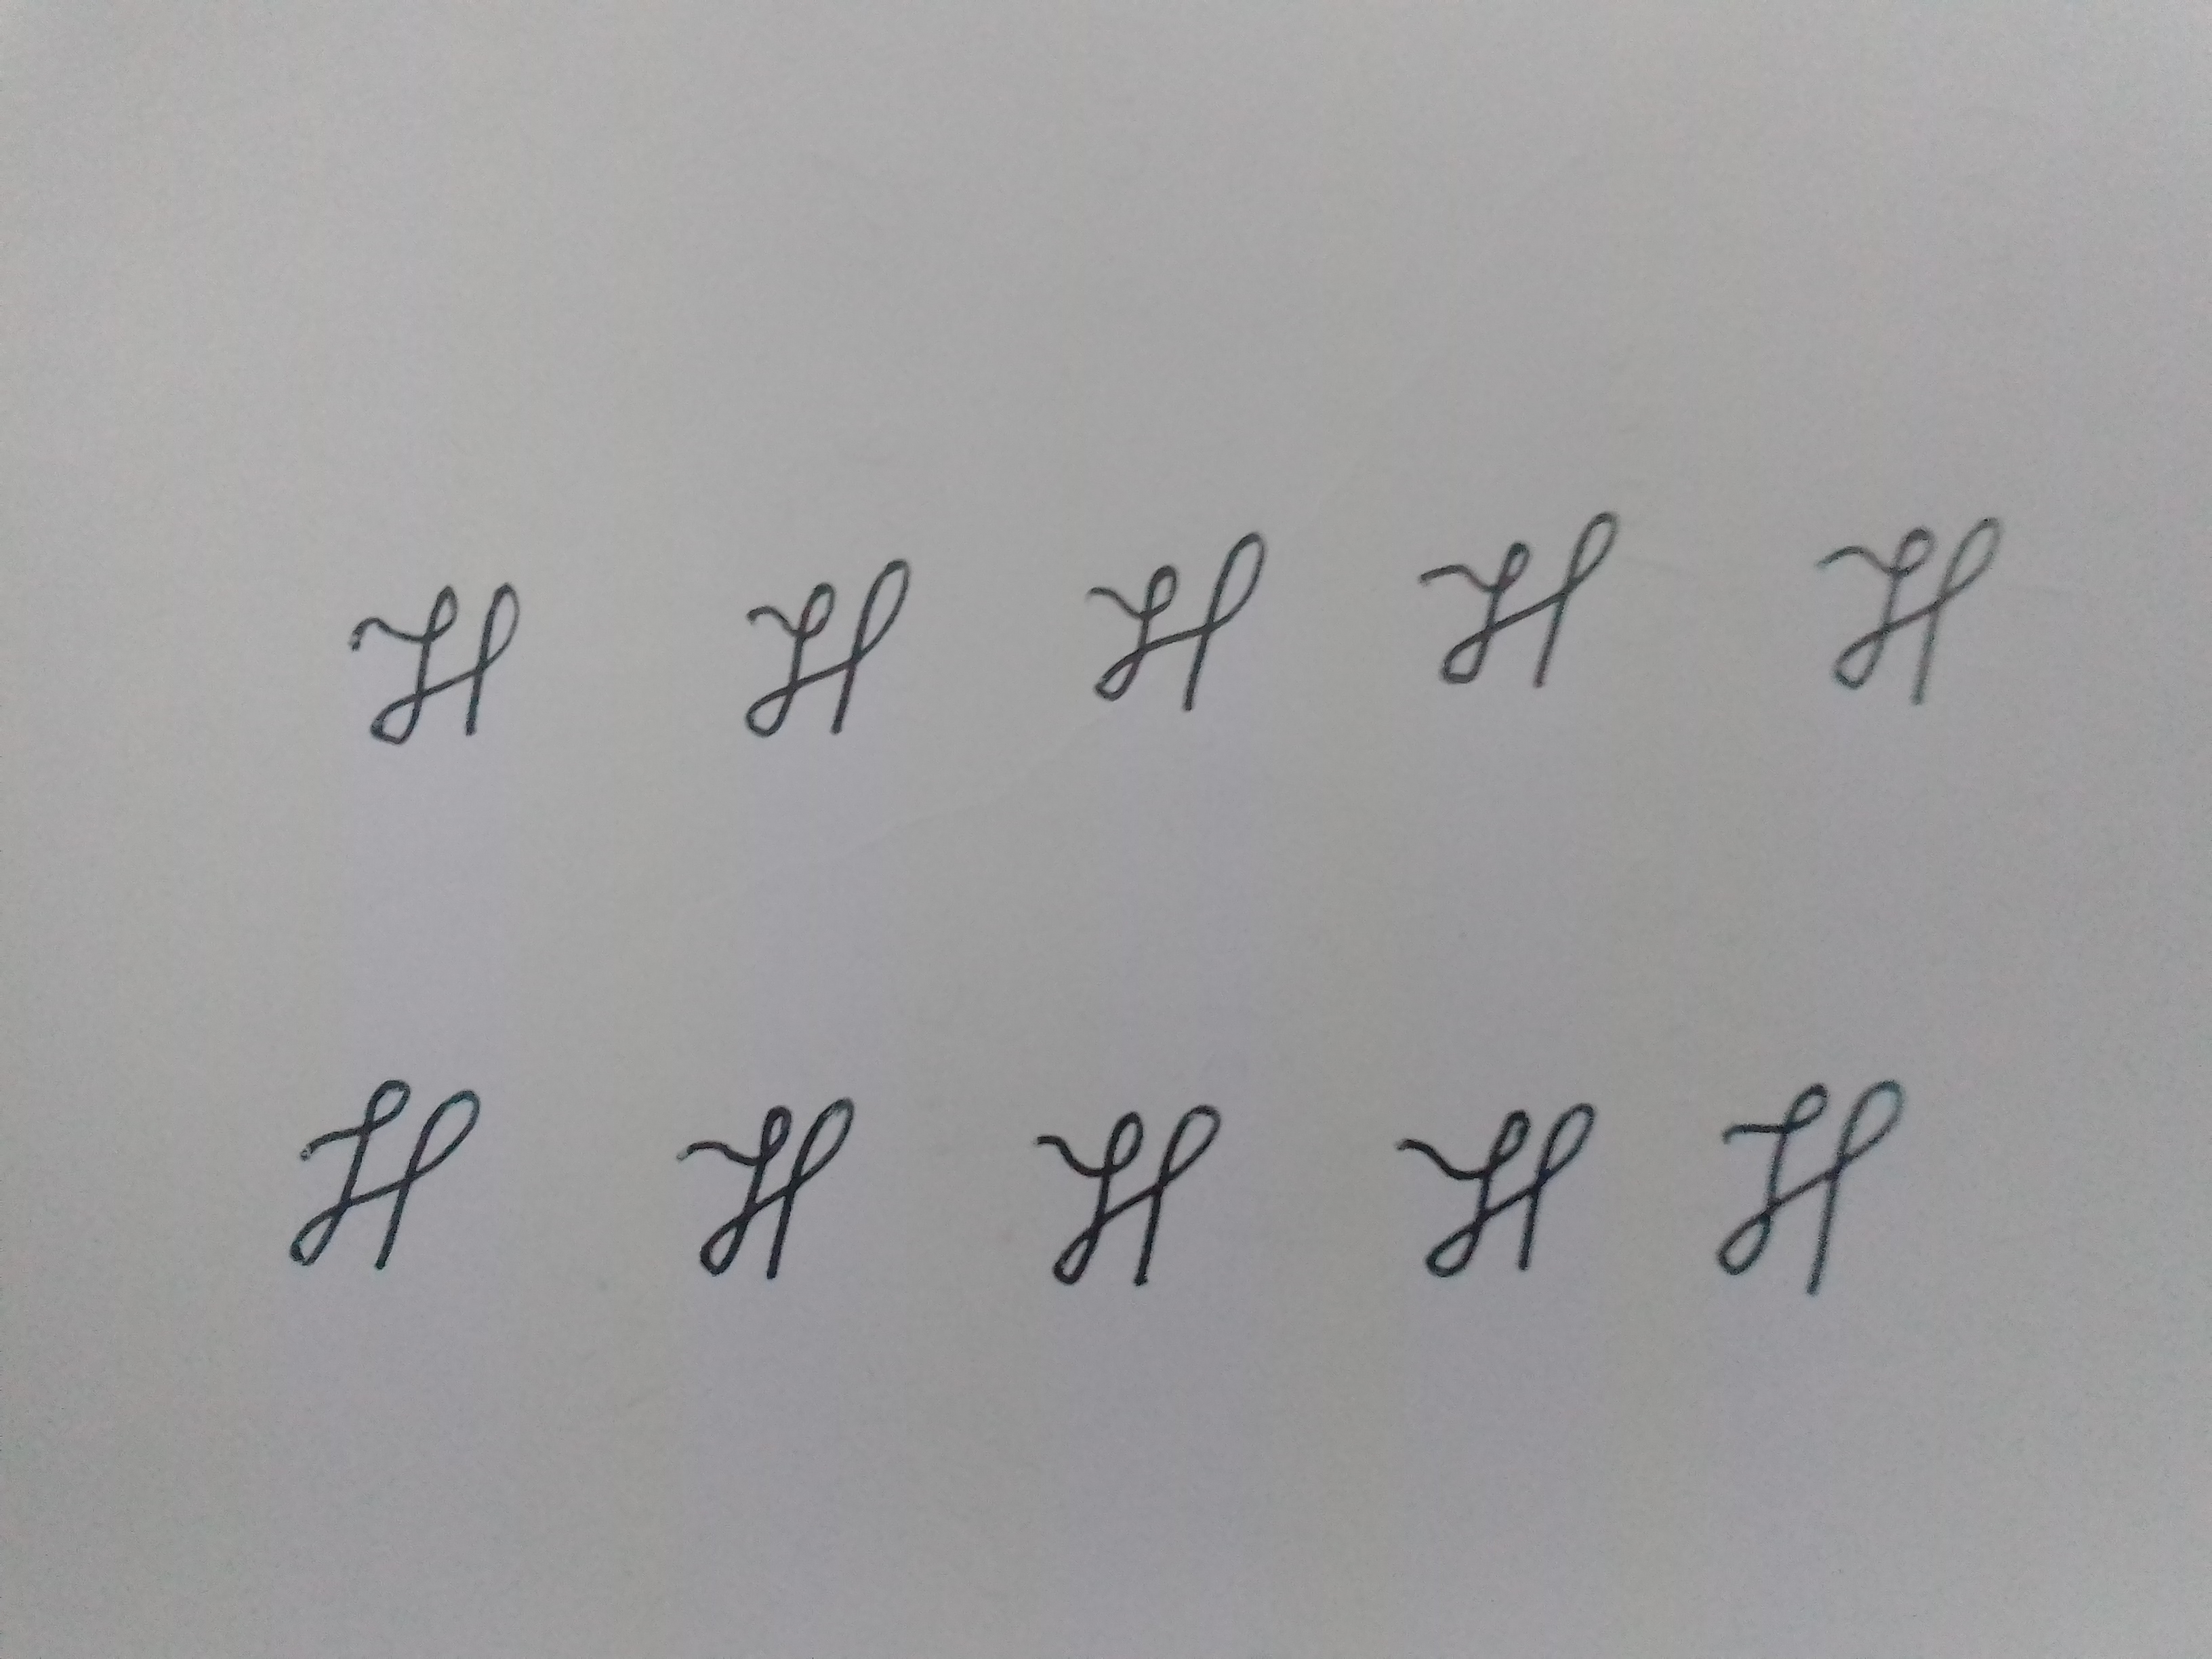
Signature authenticity: genuine